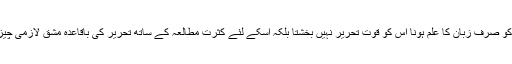
کسی کو صرف زبان کا علم ہونا اس کو قوت تحریر نہیں بخشتا بلکہ اسکے لئے کثرتِ مطالعہ کے ساتھ تحریر کی باقاعدہ مشق لازمی چیز ہے۔